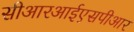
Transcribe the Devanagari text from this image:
सीआरआईएसपीआर